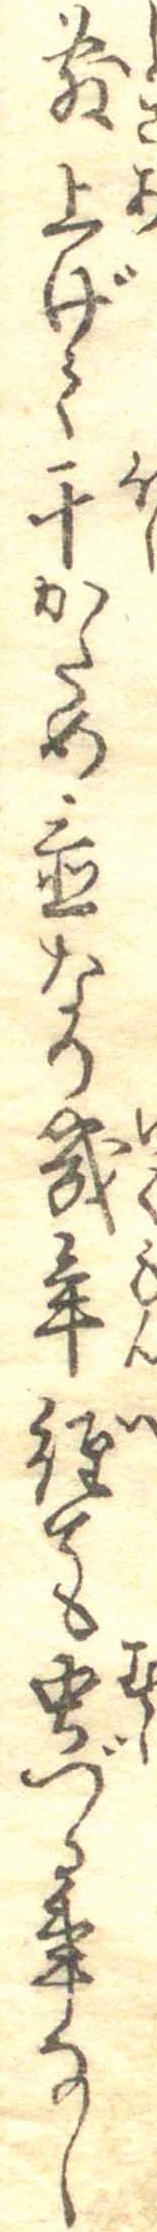
敷上げて干かため置なり幾年経ても虫づる事なし